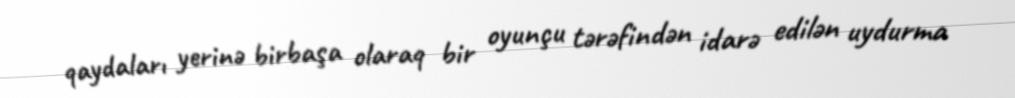
qaydaları yerinə birbaşa olaraq bir oyunçu tərəfindən idarə edilən uydurma